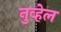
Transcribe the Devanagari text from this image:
नुव्हेल